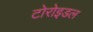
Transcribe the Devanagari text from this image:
टोरोइडल